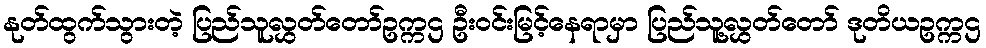
နုတ်ထွက်သွားတဲ့ ပြည်သူလွှတ်တော်ဥက္ကဌ ဦးဝင်းမြင့်နေရာမှာ ပြည်သူ့လွှတ်တော် ဒုတိယဥက္ကဌ